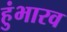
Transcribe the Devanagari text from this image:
हुंभारव